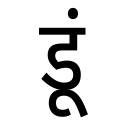
OCR:
डूं